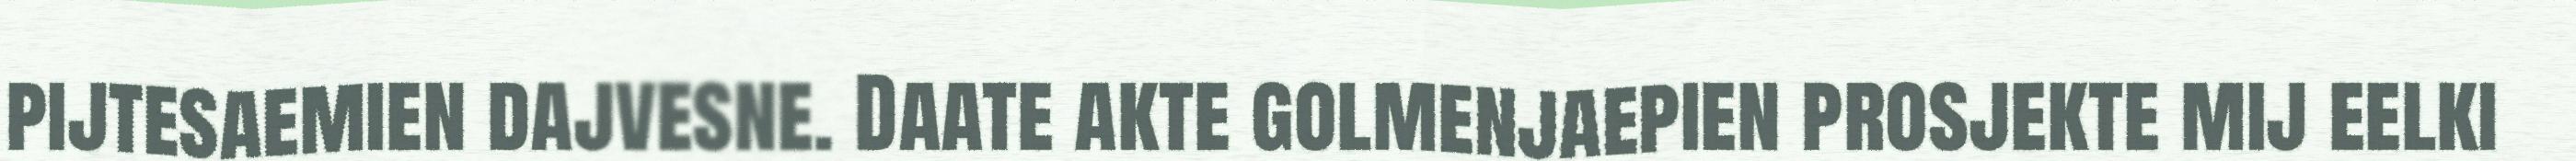
pijtesaemien dajvesne. Daate akte golmenjaepien prosjekte mij eelki